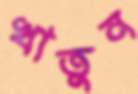
খাতুন